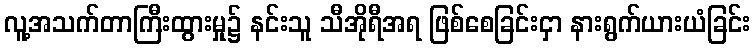
လူ့အသက်တာကြီးထွားမှု၌ နင်းသူ သီအိုရီအရ ဖြစ်စေခြင်းငှာ နားရွက်ယားယံခြင်း